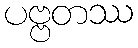
ပဗ္ဗတဿ